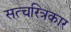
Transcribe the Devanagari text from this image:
सत्चरित्रकार